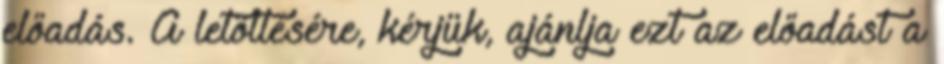
előadás. A letöltésére, kérjük, ajánlja ezt az előadást a